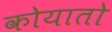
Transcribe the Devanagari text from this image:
कोयातो